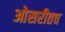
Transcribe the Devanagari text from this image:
ओसरीतच